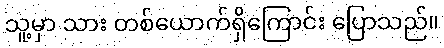
သူ့မှာ သား တစ်ယောက်ရှိကြောင်း ပြောသည်။